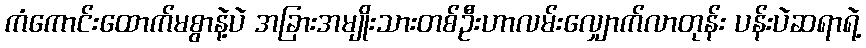
ကံကောင်းထောက်မစွာနဲ့ပဲ အခြားအမျိုးသားတစ်ဦးဟာလမ်းလျှောက်လာတုန်း ပန်းပဲဆရာရဲ့